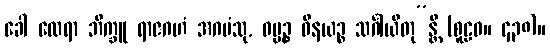
ခေါ ထေရာ ဘိက္ခူ ရာဇဂဟံ အဂမံသု, ဓမ္မဉ္စ ဝိနယဉ္စ သင်္ဂါယိတု”န္တိ (စူဠဝ။ ၄၃၈)။